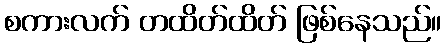
စကားလက် တထိတ်ထိတ် ဖြစ်နေသည်။